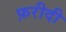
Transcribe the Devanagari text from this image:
फ़रीदी